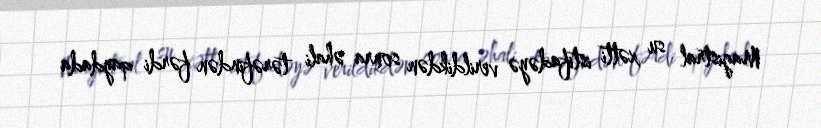
Magistral su xətti istifadəyə verildikdən sonra əhali tərəfindən fərdi qaydada